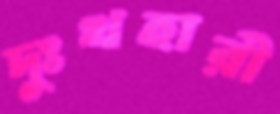
দুঃখহারী